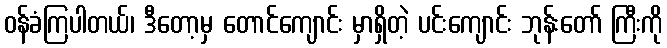
ဝန်ခံကြပါတယ်၊ ဒီတော့မှ တောင်ကျောင်း မှာရှိတဲ့ ပင်းကျောင်း ဘုန်းတော် ကြီးကို